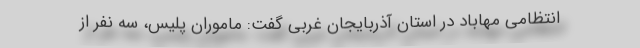
انتظامی مهاباد در استان آذربایجان غربی گفت: ماموران پلیس، سه نفر از